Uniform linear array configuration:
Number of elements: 4
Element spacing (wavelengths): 1
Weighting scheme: cosine
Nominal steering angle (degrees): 60
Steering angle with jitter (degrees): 58.698
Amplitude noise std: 0.05
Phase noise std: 0.05

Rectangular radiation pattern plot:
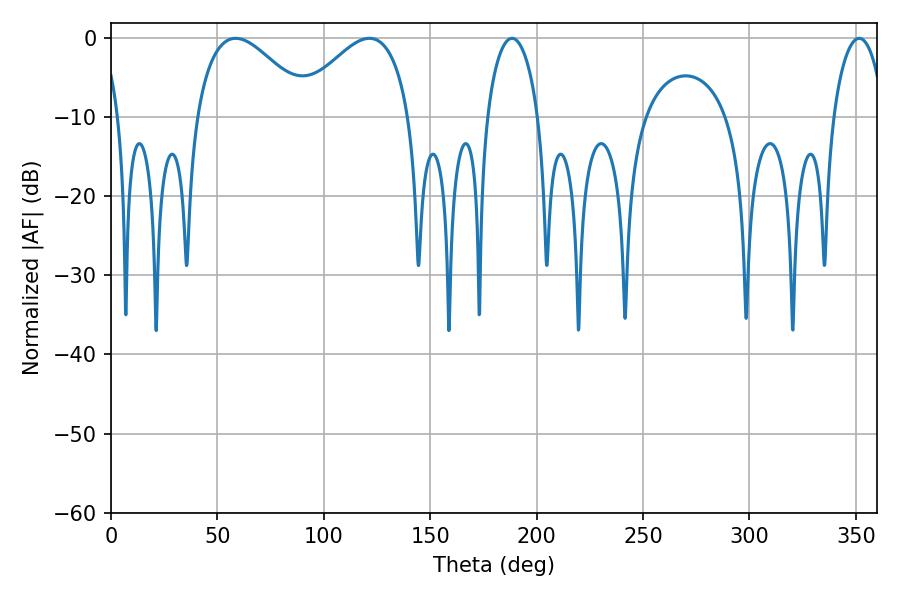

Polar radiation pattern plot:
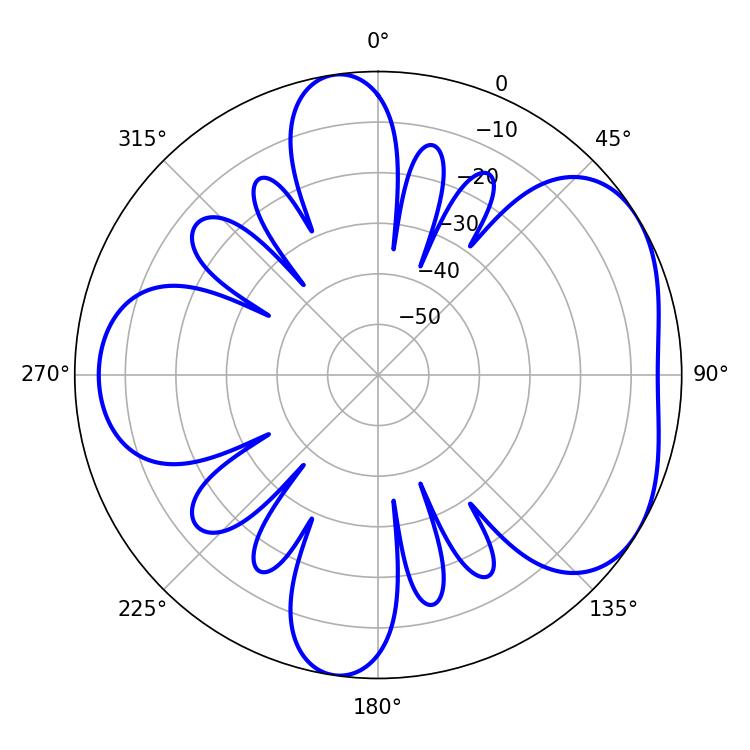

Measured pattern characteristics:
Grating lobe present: TRUE
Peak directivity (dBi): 4.648
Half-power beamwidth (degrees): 13.68
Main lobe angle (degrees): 188.46